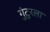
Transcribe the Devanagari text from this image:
गुंटुरला